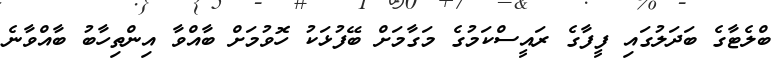
ބްލެޓާގެ ބަދަލުގައި ފީފާގެ ރައީސްކަމުގެ މަގާމަށް ބޭފުޅަކު ހޮވުމަށް ބާއްވާ އިންތިހާބު ބާއްވާނެ